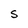
Character: S